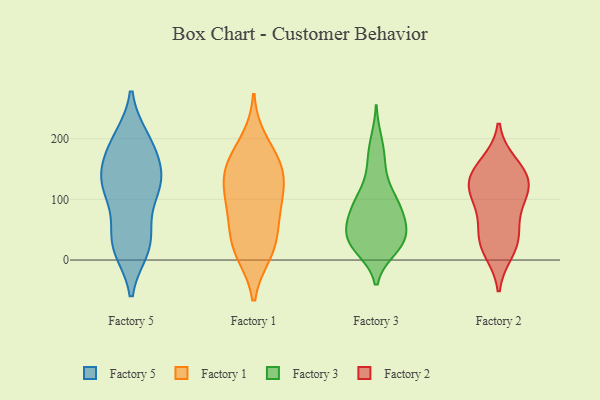
{"axis": {"x": "Shipments", "y": "Value"}, "legend": ["Factory 1", "Factory 2", "Factory 3", "Factory 5"], "data": [{"x": "", "y": 21, "type": "Factory 5"}, {"x": "", "y": 132, "type": "Factory 5"}, {"x": "", "y": 199, "type": "Factory 5"}, {"x": "", "y": 125, "type": "Factory 5"}, {"x": "", "y": 176, "type": "Factory 5"}, {"x": "", "y": 23, "type": "Factory 5"}, {"x": "", "y": 128, "type": "Factory 5"}, {"x": "", "y": 19, "type": "Factory 5"}, {"x": "", "y": 102, "type": "Factory 5"}, {"x": "", "y": 151, "type": "Factory 5"}, {"x": "", "y": 116, "type": "Factory 5"}, {"x": "", "y": 35, "type": "Factory 5"}, {"x": "", "y": 195, "type": "Factory 5"}, {"x": "", "y": 193, "type": "Factory 5"}, {"x": "", "y": 134, "type": "Factory 5"}, {"x": "", "y": 50, "type": "Factory 5"}, {"x": "", "y": 103, "type": "Factory 1"}, {"x": "", "y": 196, "type": "Factory 1"}, {"x": "", "y": 31, "type": "Factory 1"}, {"x": "", "y": 45, "type": "Factory 1"}, {"x": "", "y": 150, "type": "Factory 1"}, {"x": "", "y": 11, "type": "Factory 1"}, {"x": "", "y": 89, "type": "Factory 1"}, {"x": "", "y": 77, "type": "Factory 1"}, {"x": "", "y": 165, "type": "Factory 1"}, {"x": "", "y": 143, "type": "Factory 1"}, {"x": "", "y": 150, "type": "Factory 1"}, {"x": "", "y": 11, "type": "Factory 1"}, {"x": "", "y": 117, "type": "Factory 1"}, {"x": "", "y": 149, "type": "Factory 3"}, {"x": "", "y": 18, "type": "Factory 3"}, {"x": "", "y": 18, "type": "Factory 3"}, {"x": "", "y": 98, "type": "Factory 3"}, {"x": "", "y": 51, "type": "Factory 3"}, {"x": "", "y": 37, "type": "Factory 3"}, {"x": "", "y": 99, "type": "Factory 3"}, {"x": "", "y": 52, "type": "Factory 3"}, {"x": "", "y": 92, "type": "Factory 3"}, {"x": "", "y": 63, "type": "Factory 3"}, {"x": "", "y": 76, "type": "Factory 3"}, {"x": "", "y": 33, "type": "Factory 3"}, {"x": "", "y": 70, "type": "Factory 3"}, {"x": "", "y": 169, "type": "Factory 3"}, {"x": "", "y": 197, "type": "Factory 3"}, {"x": "", "y": 111, "type": "Factory 3"}, {"x": "", "y": 28, "type": "Factory 3"}, {"x": "", "y": 26, "type": "Factory 3"}, {"x": "", "y": 107, "type": "Factory 2"}, {"x": "", "y": 158, "type": "Factory 2"}, {"x": "", "y": 124, "type": "Factory 2"}, {"x": "", "y": 32, "type": "Factory 2"}, {"x": "", "y": 31, "type": "Factory 2"}, {"x": "", "y": 95, "type": "Factory 2"}, {"x": "", "y": 15, "type": "Factory 2"}, {"x": "", "y": 120, "type": "Factory 2"}, {"x": "", "y": 144, "type": "Factory 2"}, {"x": "", "y": 140, "type": "Factory 2"}, {"x": "", "y": 58, "type": "Factory 2"}]}